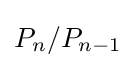
P_{n}/P_{n-1}